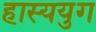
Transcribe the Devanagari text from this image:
हास्ययुग